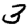
Digit: 3